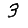
Digit: 3